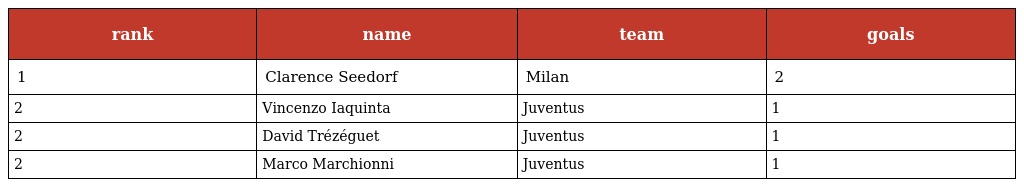
| rank | name | team | goals |
 | --- | --- | --- | --- |
 | 1 | Clarence Seedorf | Milan | 2 |
 | 2 | Vincenzo Iaquinta | Juventus | 1 |
 | 2 | David Trézéguet | Juventus | 1 |
 | 2 | Marco Marchionni | Juventus | 1 |